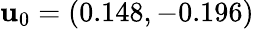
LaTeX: {\mathbf u}_{0}=(0.148,-0.196)